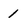
Character: 1